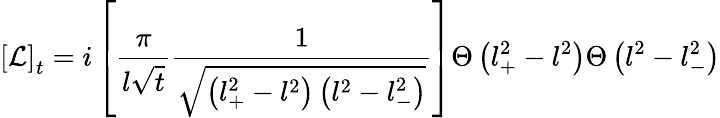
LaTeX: \left[{\cal L}\right]_{t}=i\left[\frac{\pi}{l\sqrt{t}}\frac{1}{\sqrt{\left(l_{+}^{2}-l^{2}\right)\left(l^{2}-l_{-}^{2}\right)}}\right]\Theta\left(l_{+}^{2}-l^{2}\right)\Theta\left(l^{2}-l_{-}^{2}\right)